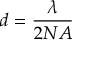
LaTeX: d = { \frac { \lambda } { 2 N A } }